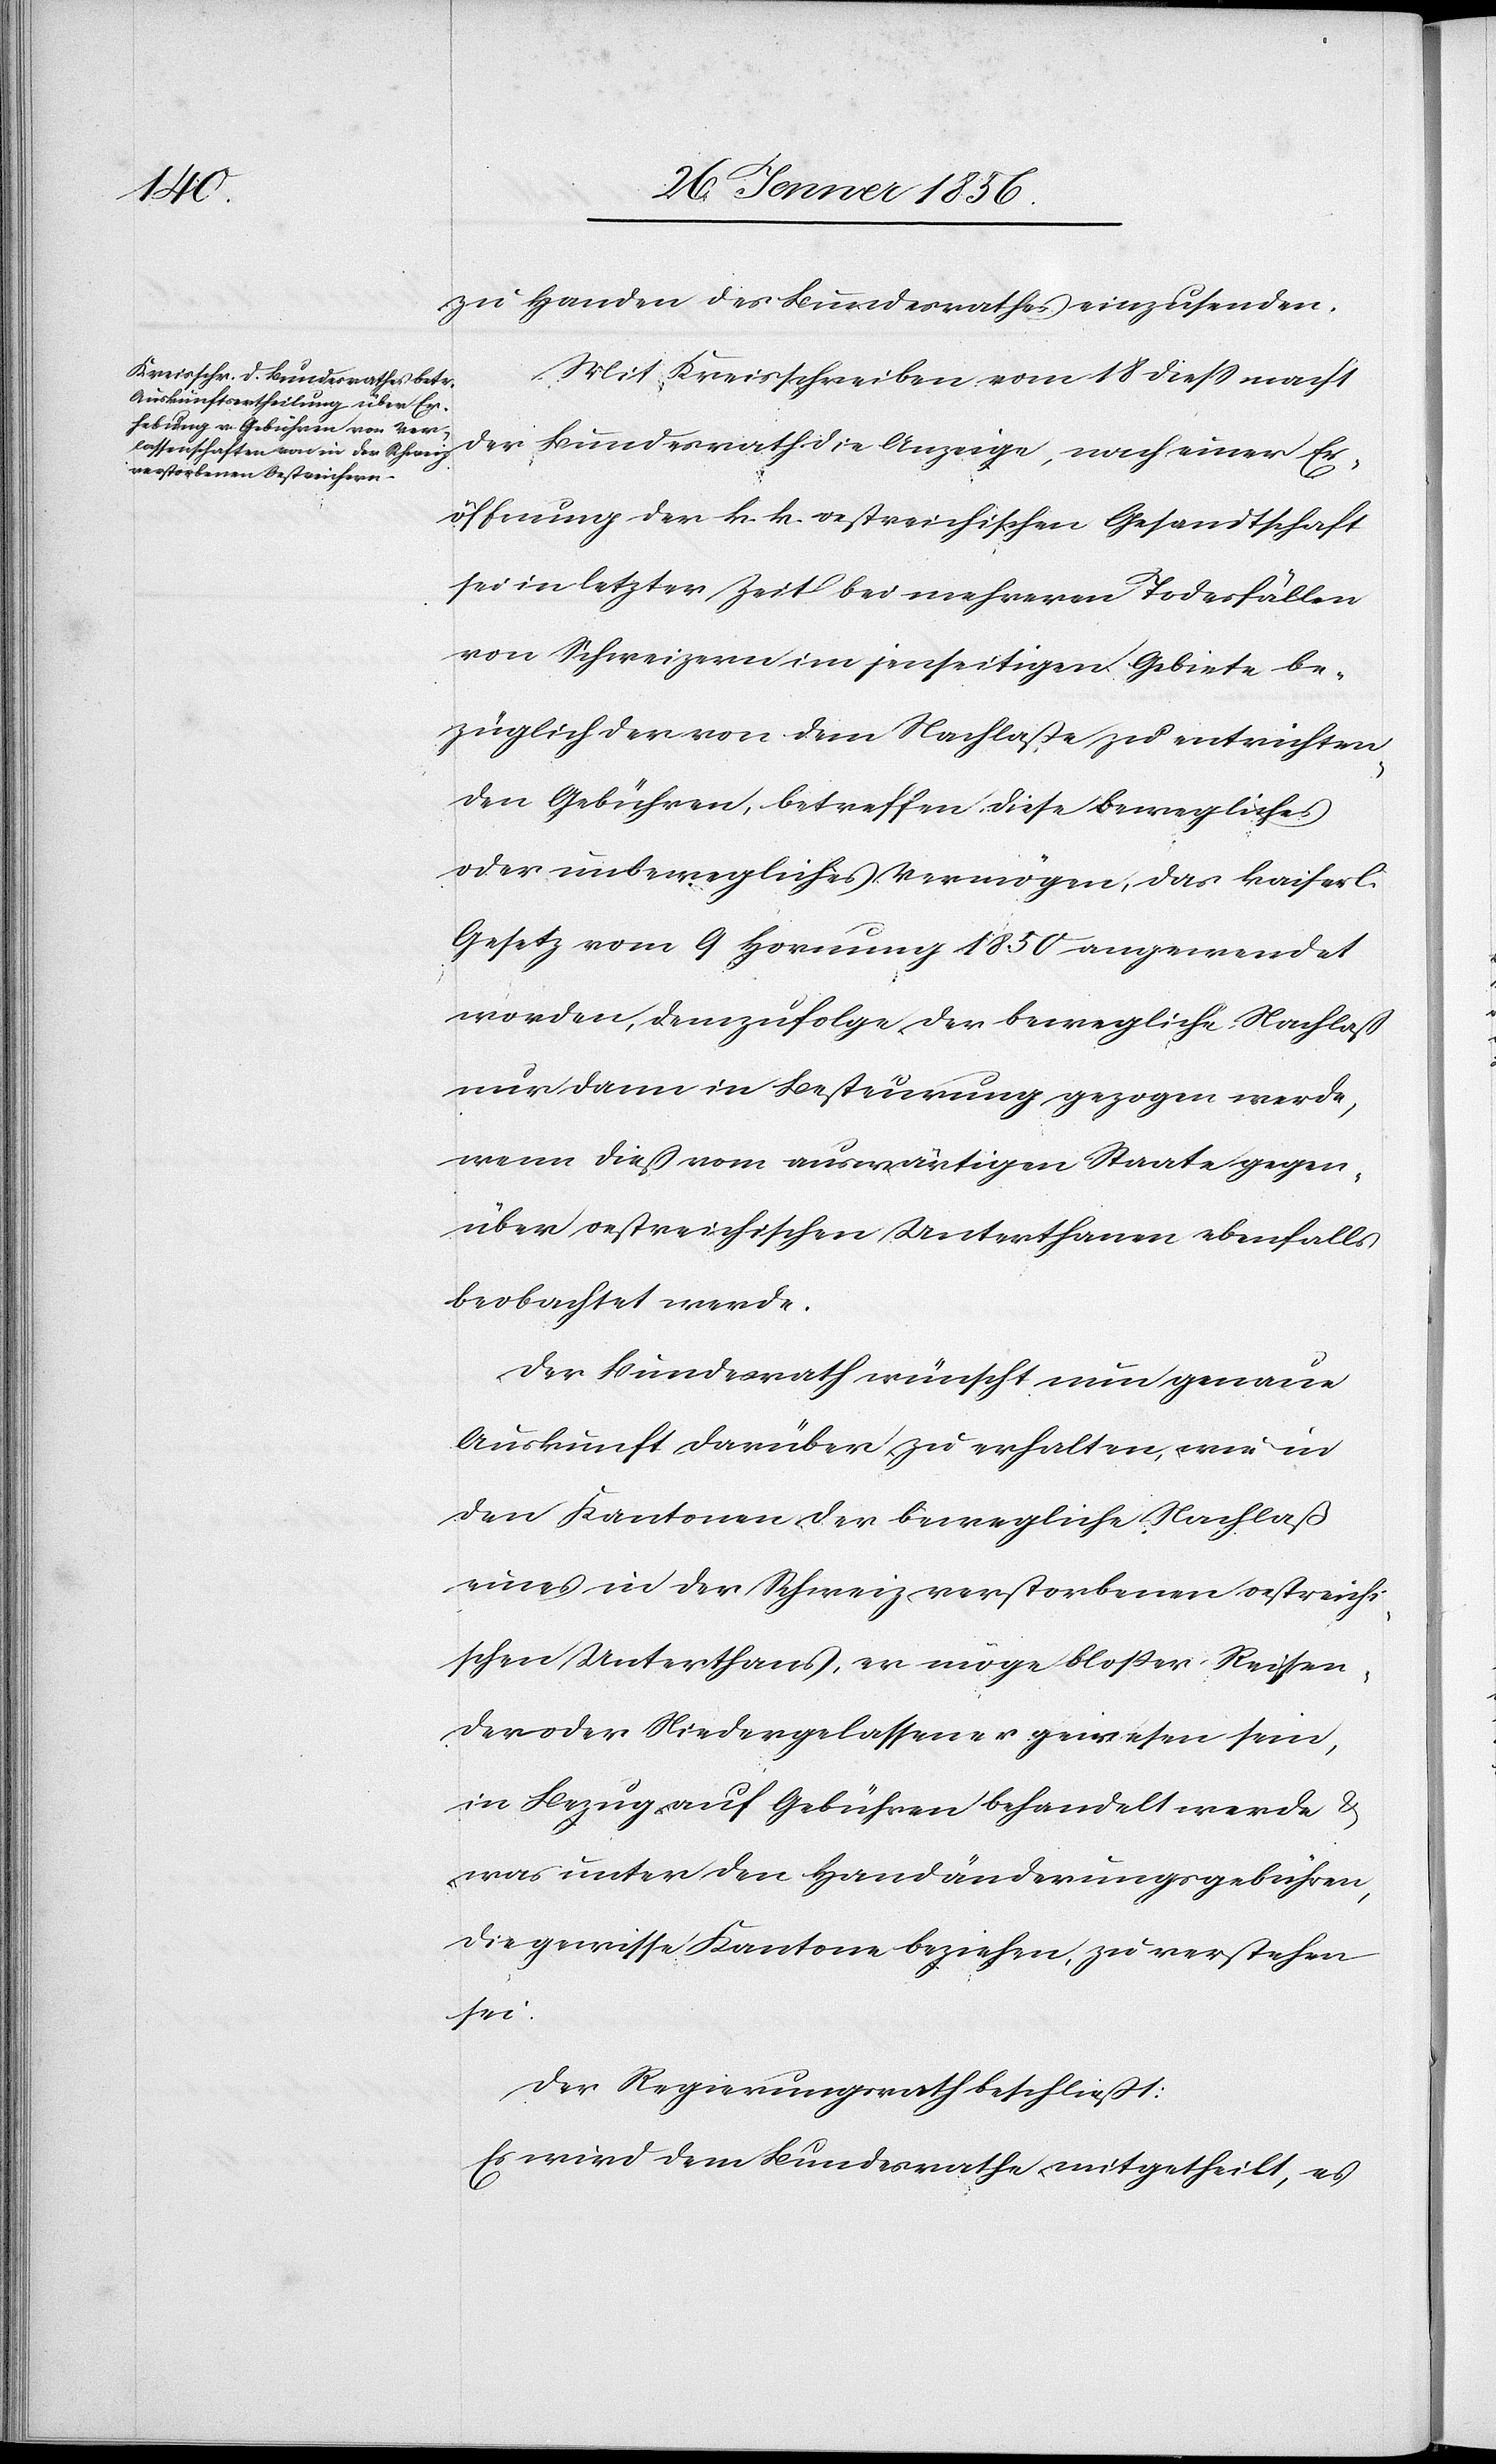
zu Handen des Bundesrathes einzusenden.
Mit Kreisschreiben vom 18 dieß macht
der Bundesrath die Anzeige, nach einer Er¬
öffnung der k. k. oestreichischen Gesandtschaft
sei in letzter Zeit bei mehreren Todesfällen
von Schweizern im jenseitigen Gebiete be¬
züglich der von dem Nachlaße zu entrichten¬
den Gebühren, betreffen diese bewegliches
oder unbewegliches Vermögen, das kaiserl.
Gesetz vom 9 Hornung 1850 angewendet
worden, demzufolge der bewegliche Nachlaß
nur dann in Besteurung gezogen werde,
wenn dieß vom auswärtigen Staate gegen¬
über oestreichischen Unterthanen ebenfalls
beobachtet werde.
Der Bundesrath wünscht nun genaue
Auskunft darüber zu erhalten, wie in
den Kantonen der bewegliche Nachlaß
eines in der Schweiz verstorbenen oestreichi¬
schen Unterthans, er möge bloßer Reisen¬
der oder Niedergelassener gewesen sein,
in Bezug auf Gebühren behandelt werde &
was unter den Handänderungsgebühren,
die gewisse Kantone beziehen, zu verstehen
sei.
Der Regierungsrath beschließt:
Es wird dem Bundesrathe mitgetheilt, es